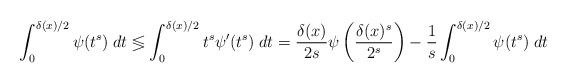
\begin{align*}\int_0^{\delta(x)/2}\psi(t^s)\;dt\lessgtr\int_0^{\delta(x)/2}t^s\psi'(t^s)\;dt=\frac{\delta(x)}{2s}\psi\left(\frac{\delta(x)^s}{2^s}\right)-\frac1s\int_0^{\delta(x)/2}\psi(t^s)\;dt\end{align*}